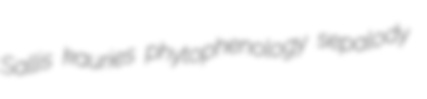
Sallis kauries phytophenology sepalody